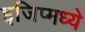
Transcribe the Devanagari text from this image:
इजिप्मध्ये